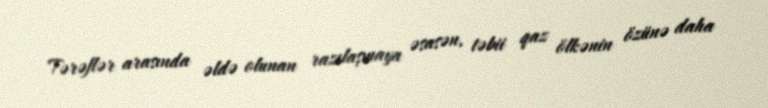
Tərəflər arasında əldə olunan razılaşmaya əsasən, təbii qaz ölkənin özünə daha